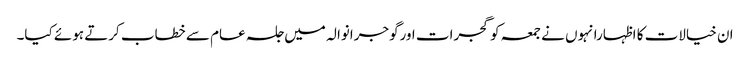
ان خیالات کا اظہارانہوں نے جمعہ کو گجرات اورگوجرانوالہ میں جلسہ عام سے خطاب کرتے ہوئے کیا۔